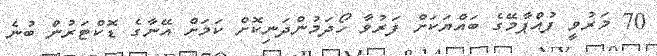
70 މަރުވީ ފުއްޕާމޭގެ ބައްޔަކަށް ފަރުވާ ހޯދަމުންދަނިކޮށް ކަމަށް އޭނާގެ ޑޮކްޓަރުން ބުނެ